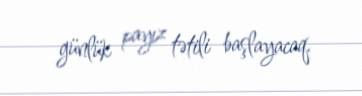
günlük payız tətili başlayacaq.